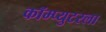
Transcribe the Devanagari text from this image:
कॉम्प्युटरला